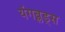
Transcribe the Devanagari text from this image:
यंगब्लड्स